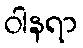
ဝါနရာ